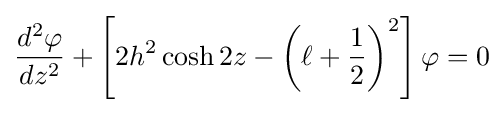
{\frac {d^{2}\varphi }{dz^{2}}}+\left[2h^{2}\cosh 2z-\left(\ell +{\frac {1}{2}}\right)^{2}\right]\varphi =0